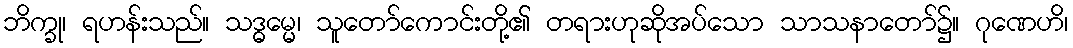
ဘိက္ခု၊ ရဟန်းသည်။ သဒ္ဓမ္မေ၊ သူတော်ကောင်းတို့၏ တရားဟုဆိုအပ်သော သာသနာတော်၌။ ဂုဏေဟိ၊